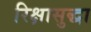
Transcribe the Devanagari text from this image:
रिक्षासुद्धा